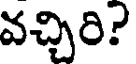
వచ్చిరి?